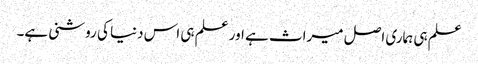
علم ہی ہماری اصل میراث ہے اور علم ہی اس دنیا کی روشنی ہے۔